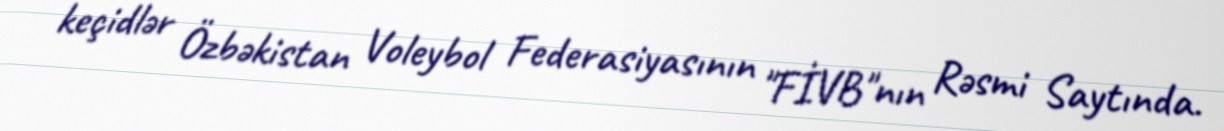
keçidlər Özbəkistan Voleybol Federasiyasının "FİVB"nın Rəsmi Saytında.